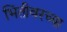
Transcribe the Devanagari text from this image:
भिंतीवरच्या